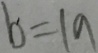
b = 1 9